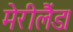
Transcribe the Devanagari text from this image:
मेरीलैंड।